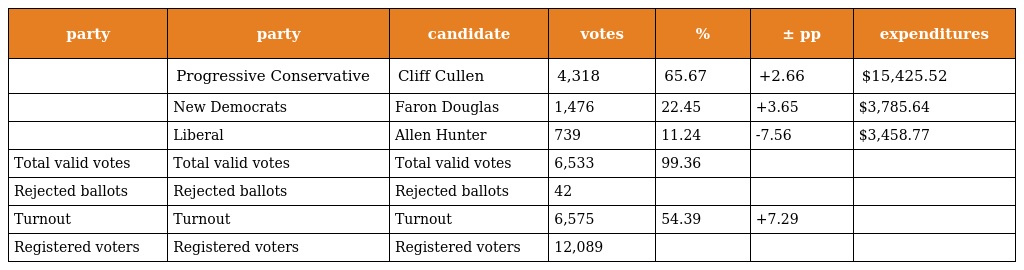
| party | party | candidate | votes | % | ± pp | expenditures |
 | --- | --- | --- | --- | --- | --- | --- |
 |  | Progressive Conservative | Cliff Cullen | 4,318 | 65.67 | +2.66 | $15,425.52 |
 |  | New Democrats | Faron Douglas | 1,476 | 22.45 | +3.65 | $3,785.64 |
 |  | Liberal | Allen Hunter | 739 | 11.24 | -7.56 | $3,458.77 |
 | Total valid votes | Total valid votes | Total valid votes | 6,533 | 99.36 |  |  |
 | Rejected ballots | Rejected ballots | Rejected ballots | 42 |  |  |  |
 | Turnout | Turnout | Turnout | 6,575 | 54.39 | +7.29 |  |
 | Registered voters | Registered voters | Registered voters | 12,089 |  |  |  |